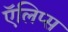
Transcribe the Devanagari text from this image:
ऍलिप्स